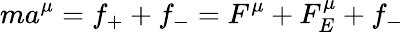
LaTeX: ma^{\mu}=f_{+}+f_{-}=F^{\mu}+F_{E}^{\mu}+f_{-}